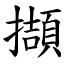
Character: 擷